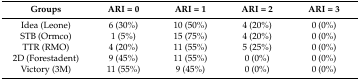
<table><thead><tr><td><b>Groups</b></td><td><b>ARI = 0</b></td><td><b>ARI = 1</b></td><td><b>ARI = 2</b></td><td><b>ARI = 3</b></td></tr></thead><tbody><tr><td>Idea (Leone)</td><td>6 (30%)</td><td>10 (50%)</td><td>4 (20%)</td><td>0 (0%)</td></tr><tr><td>STB (Ormco)</td><td>1 (5%)</td><td>15 (75%)</td><td>4 (20%)</td><td>0 (0%)</td></tr><tr><td>TTR (RMO)</td><td>4 (20%)</td><td>11 (55%)</td><td>5 (25%)</td><td>0 (0%)</td></tr><tr><td>2D (Forestadent)</td><td>9 (45%)</td><td>11 (55%)</td><td>0 (0%)</td><td>0 (0%)</td></tr><tr><td>Victory (3M)</td><td>11 (55%)</td><td>9 (45%)</td><td>0 (0%)</td><td>0 (0%)</td></tr></tbody></table>